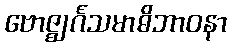
ဗောဇ္ဈင်္ဂသမာဓိဘာဝနာ